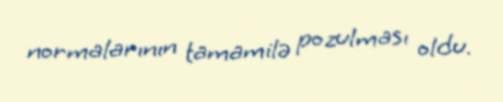
normalarının tamamilə pozulması oldu.